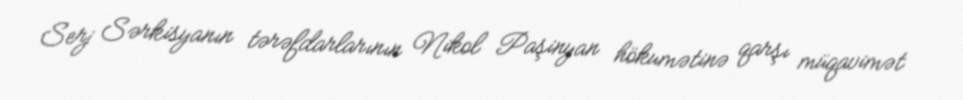
Serj Sərkisyanın tərəfdarlarının Nikol Paşinyan hökumətinə qarşı müqavimət